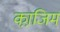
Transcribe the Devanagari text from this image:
का़जि़म